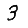
Digit: 3